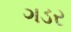
ગડર